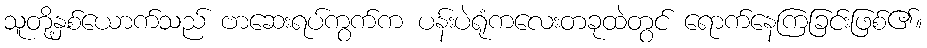
သူတို့နှစ်ယောက်သည် ဗာဆေးရပ်ကွက်က ပန်းပဲရုံကလေးတခုထဲတွင် ရောက်နေကြခြင်းဖြစ်၏။